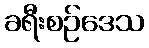
ခရီးစဉ်ဒေသ